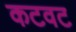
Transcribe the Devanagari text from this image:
कटवट